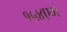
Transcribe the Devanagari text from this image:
१५४एम